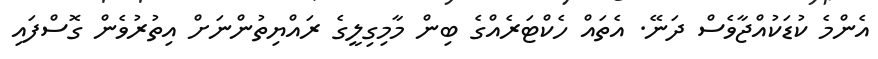
އެންމެ ކުޑަކުއްޖާވެސް ދަނޭ. އެތައް ހެކްޓަރެއްގެ ބިން މާމިގިލީގެ ރައްޔިތުންނަށް އިތުރުވެން ގޮސްފައި